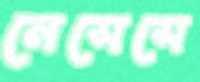
নেসেসে